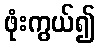
ဖုံးကွယ်၍